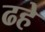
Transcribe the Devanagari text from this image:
ढहे